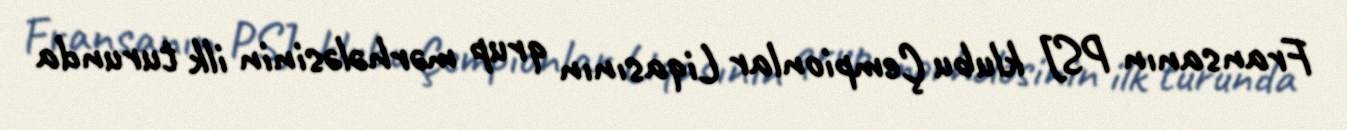
Fransanın PSJ klubu Çempionlar Liqasının qrup mərhələsinin ilk turunda